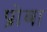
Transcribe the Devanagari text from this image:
प्रोबा